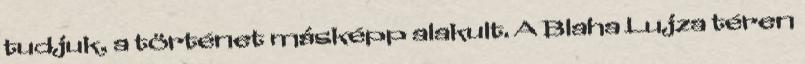
tudjuk, a történet másképp alakult. A Blaha Lujza téren